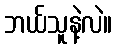
ဘယ်သူနဲ့လဲ။